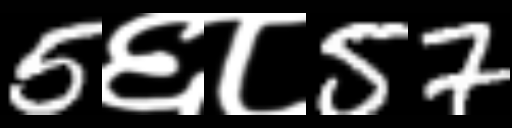
Text: 5६८57